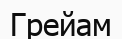
Грейам